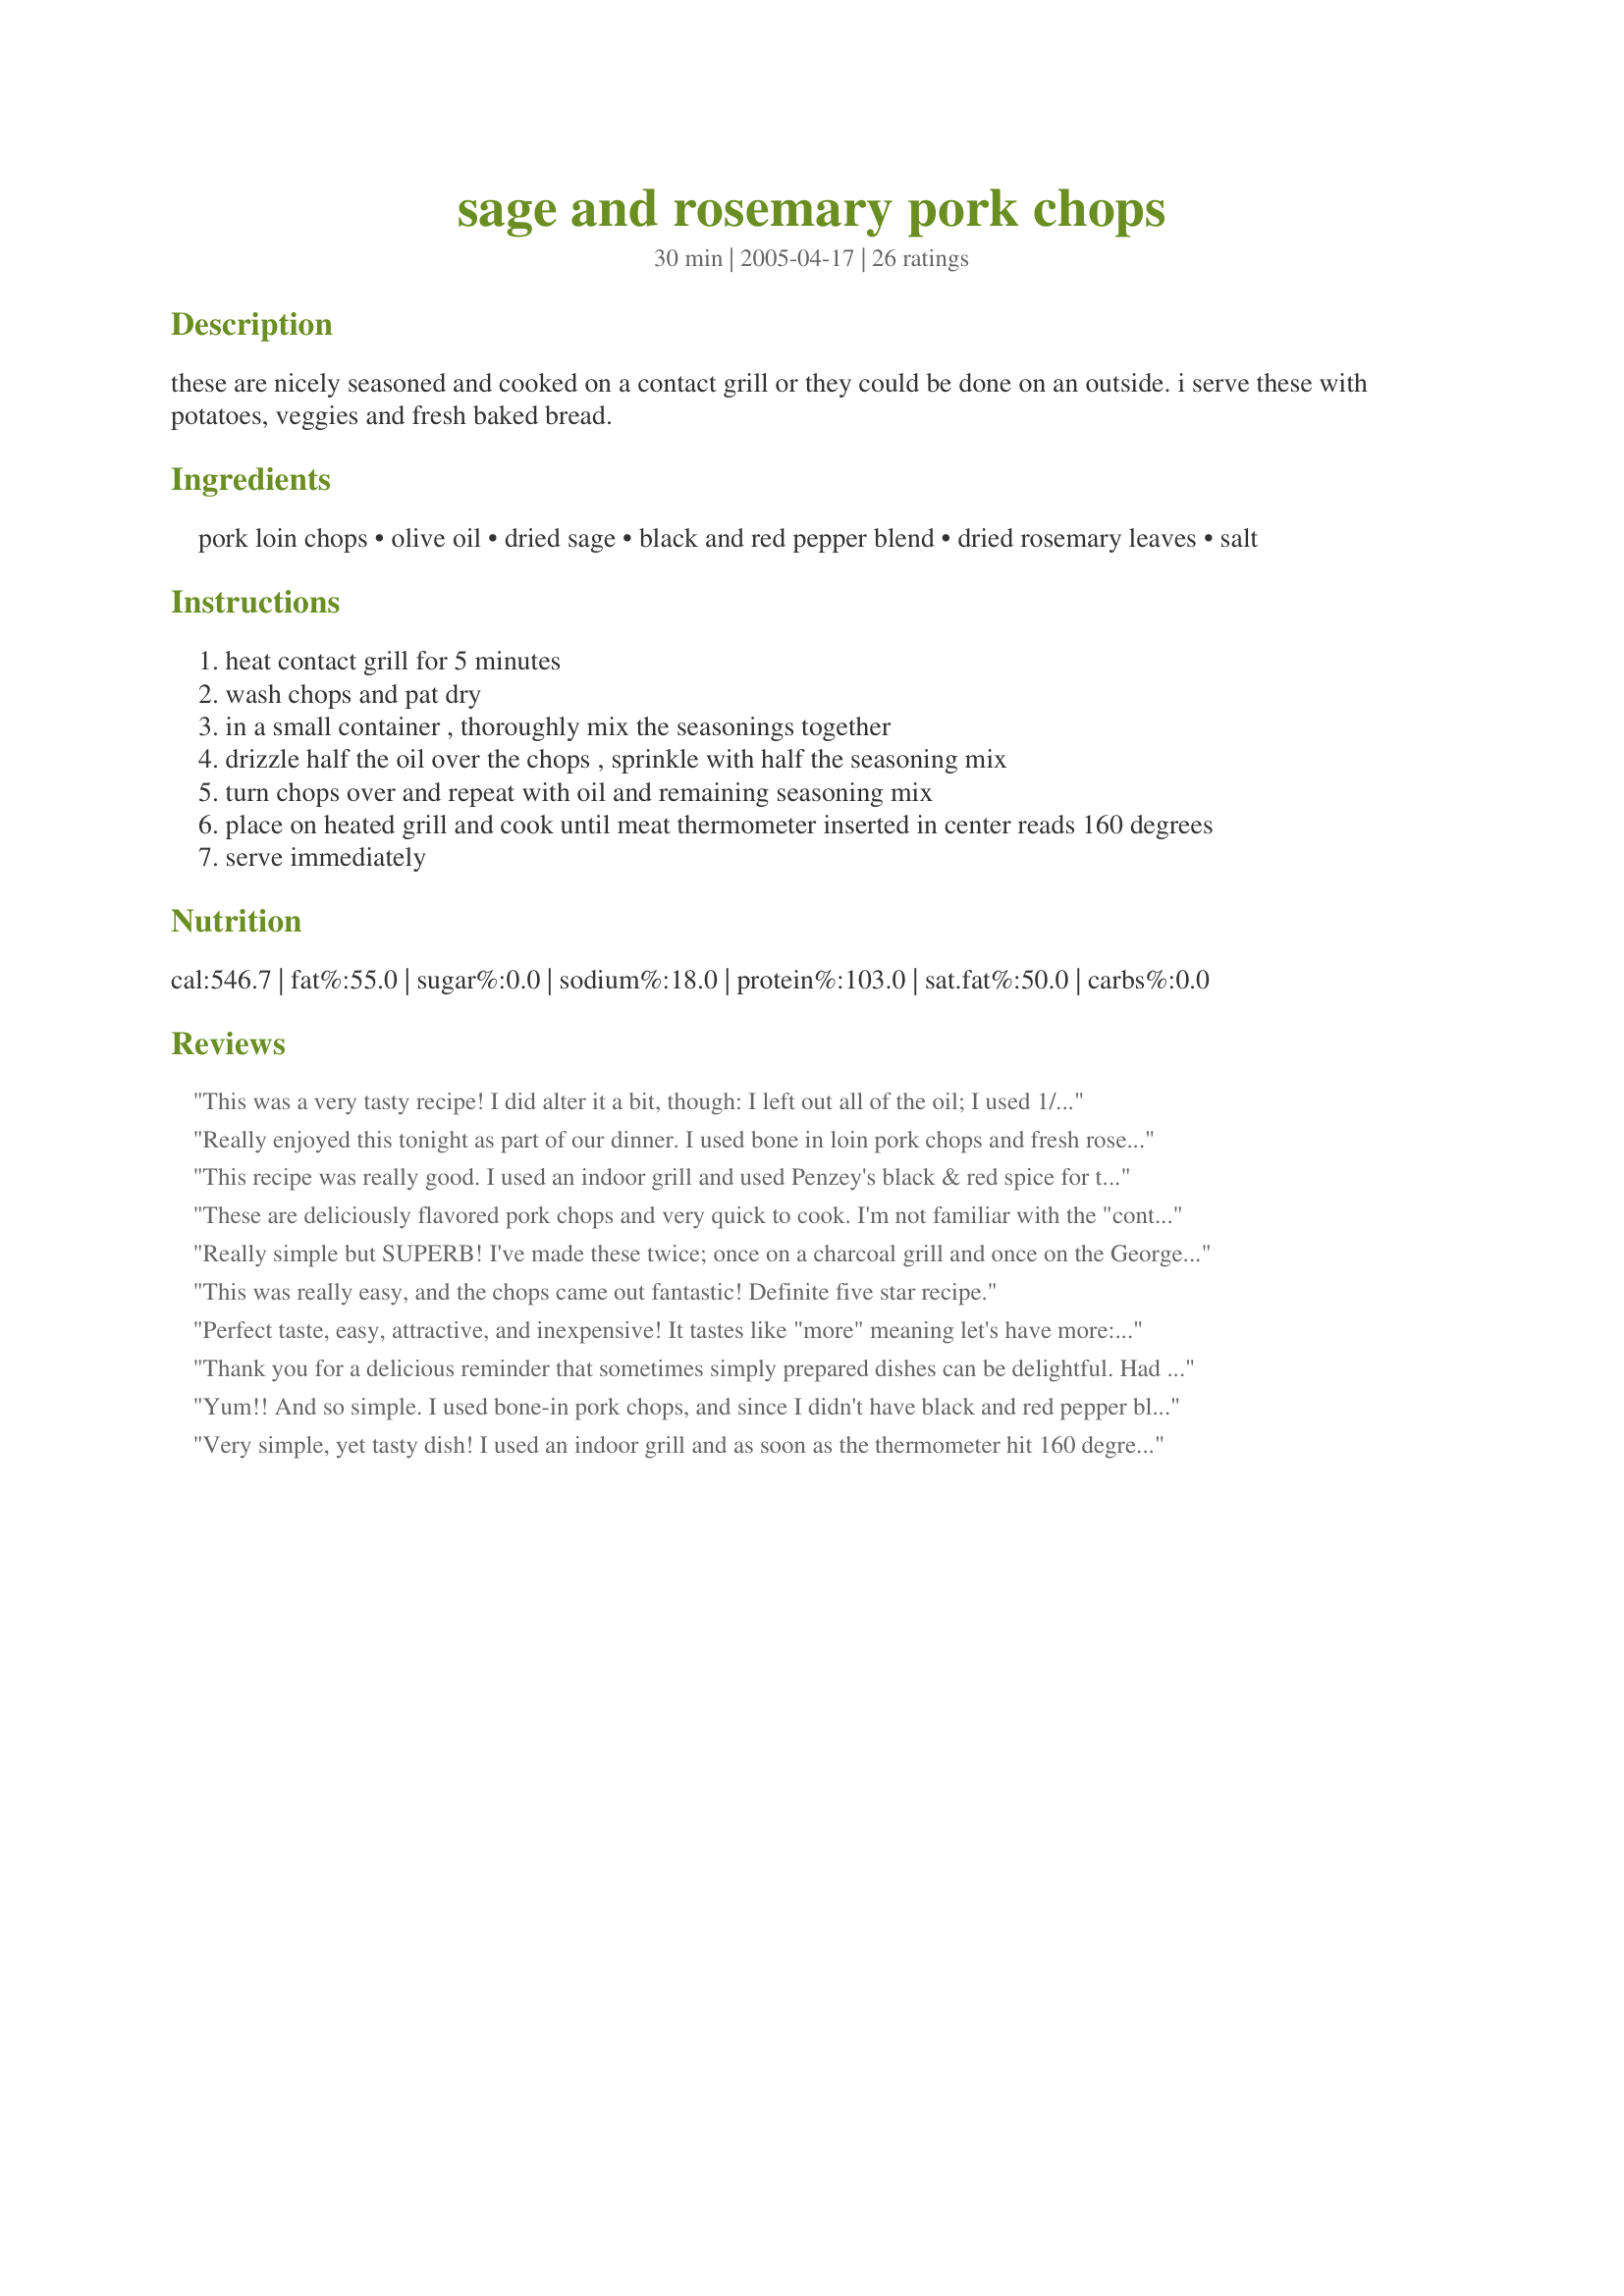
sage and rosemary pork chops
Preparation time: 30 minutes

these are nicely seasoned and cooked on a contact grill or they could be done on an outside. i serve these with potatoes, veggies and fresh baked bread.

Ingredients:
pork loin chops, olive oil, dried sage, black and red pepper blend, dried rosemary leaves, salt

Steps:
heat contact grill for 5 minutes
wash chops and pat dry
in a small container , thoroughly mix the seasonings together
drizzle half the oil over the chops , sprinkle with half the seasoning mix
turn chops over and repeat with oil and remaining seasoning mix
place on heated grill and cook until meat thermometer inserted in center reads 160 degrees
serve immediately

Reviews:
This was a very tasty recipe! I did alter it a bit, though:
I left out all of the oil; I used 1/4 tsp. black pepper & 1/4 tsp. of dried chili peppers (because I wasn't sure what the black & red pepper blend was); I cooked on the Foreman grill.
Really enjoyed this tonight as part of our dinner. I used bone in loin pork chops and fresh rosemary (2 teaspoons) and sage (1 tablespoon), freshly ground black pepper and salt and decided to mix the olive oil with the mix and then rub into the pork chops and cook on the ridged grill on the stove top (6 to 7 minutes each side - cooked through but still juicy - though DH still thought undercook - any juices and it is undercooked were he is concerned). The rest had to have their sweetness added and had apple sauce with theirs but I was quite happy to have as is thank you PaulaG, made for Partying The Diabetic Way.
This recipe was really good. I used an indoor grill and used Penzey's black & red spice for the pepper blend. It turned out great. Thanks for a wonderful recipe Paula.
These are deliciously flavored pork chops and very quick to cook. I'm not familiar with the "contact grill" you mentioned. However, I did cook them on an outdoor gas grill.
I drizzled with the olive oil and sprinkled with seasonings and let them sit for about a half an hour to sort of marinate. Simple seasoning, but very effective. The real secret is to not overcook them. Perfect recipe! Thanks once again, Paula for a great one.
Really simple but SUPERB! I've made these twice; once on a charcoal grill and once on the George Foreman contact grill. They were great both times. The second time I just poured the olive oil and herbs into the same freezer bag that I defrosted the chops in to season them. Easier and less messy. We had these with roasted potato chunks with fresh rosemary and a tossed salad with olives and a vinagrette to maintain the Italian theme. Simple & fantastic dinner.
This was really easy, and the chops came out fantastic! Definite five star recipe.
Perfect taste, easy, attractive, and inexpensive! It tastes like "more" meaning let's have more:) We had ours with squash,salad, broccoli, and puppitypup's"Recipe#275937,#275937" and it was a very nice meal.
Thank you for a delicious reminder that sometimes simply prepared dishes can be delightful. Had a bit of loin left from a stew and decided to cook it as boneless chops. This was easy, simple and straight forward and just perfect. I used 1/2 the oil but the suggested combination of spices. Five minutes on the GF and perfection.
Yum!! And so simple. I used bone-in pork chops, and since I didn't have black and red pepper blend, I used 1/4 tsp black pepper and ~1/8 tsp cayenne. I grilled them on the George Foreman, and they were great! Served them with garlic mashed potatoes, green beans, and homemade rolls.
Very simple, yet tasty dish! I used an indoor grill and as soon as the thermometer hit 160 degrees I removed them for a perfect doneness! Thanks for posting.
Made for one great supper - the aroma alone worth a five. The sage and rosemary not only had us anticipating, it had us enjoying chops that were super flavourful and absolutely delicious. Other than doing a half recipe for two chops made as posted and have it filed in my favourites. Good think I didn't make four or we would have had seconds for sure! Thank you Paula.
These chops were so good tonight they had me going back for seconds. My DH said he could have these again tomorrow night! Guess he liked them too. Thank you Paula for this recipe. It's a keeper.

Melanie
I made this the other night on my indoor grill for a great dinner. The pork was perfectly seasoned and went great with a side of roated potatoes!
these were great n ez!! I double the spices cuz I spiced them up good and let them sit for the afternoon in the fridge. I never use the 'Georgie' as DH calls it but it was super!! Thanx Paula!!
Great recipe, so simple and easy. I pan fried my chops and they were delicious. Thanks, I will definitely be using this recipe again.
Very simple and terrific! I pan fried the chops. Thanks Paula for a recipe I will use again!
These were SO good, and SO tender. I had 6 chops, so doubled the rest of the ingredients, and marinated 2 nights, then cooked on our outdoor grill. I used regular coarse pepper, and coarse salt. Awesome good!
Delicious and simple. I made the marinade the night before, rubbed it into the chop and wrapped them tightly in saran wrap. I&#039;d like to try this on chicken or fish.&lt;br/&gt;Thanks for a great recipe.
Wow- these surpassed my expectations. I followed Marie's lead and did the seasoning about an hour before cooking. Then I browned them on both sides in a dry non-stick skillet, after which I added a 1/2 cup water, covered the skillet and allowed the liquid to cook off- they were perfect. Thanks for posting this delicious and simple recipe!
Very good and elegant-looking pork chop recipe. This was so easy to put together and was on the table in no time flat. I used thick, bone-in chops because I think they are more tender and juicy. Made for Honor thy Mother - and be Gluten-Free, too! Tag Game.
Made this over the weekend, I enjoyed this very much. I used fresh rosemary that I had on hand and a few cloves of fresh garlic seasoned and let marinate for a couple of hours.

I pan fried my chops and sauteed onions made gravy from the drippings and placed the chops back in and let them smother...delish. Thanks for a different tasty twist on pork chops.
Delicious chops! I grilled them on a contact grill and added just a little more black and red pepper blend than the recipe stated. I served this with baked potatoes and corn and it was a hit with the family. Thank you PaulaG for another great recipe!
This was so quick & Easy - My chop was tender, flavorful and moist. I pan fried but needed no oil in the pan as the oil painted on was enough. Thanks Paula for a winner
Doubled this recipe for 7 and it was delish! Thanks for sharing!
So delicious and such a life saver! I thawed some pork chops, waited till the last minute and didn't know what to do with them, looked on 'zaar for something fast and easy...this was it and oh sooo good. DH grilled these boneless chops to perfection about 7 minutes on each side, so moist and the combination of spices just pleased the senses.
DELISH!!! I made this tonight for dinner and it was so good that I had to write my comment a.s.a.p.! 
I also made Roasted Parmesan Garlic Cauliflower (#59965) as a side. The flavors went together beautifully. I took the advice from the other cooks and let my pork marinate for an hour...well worth the wait!
